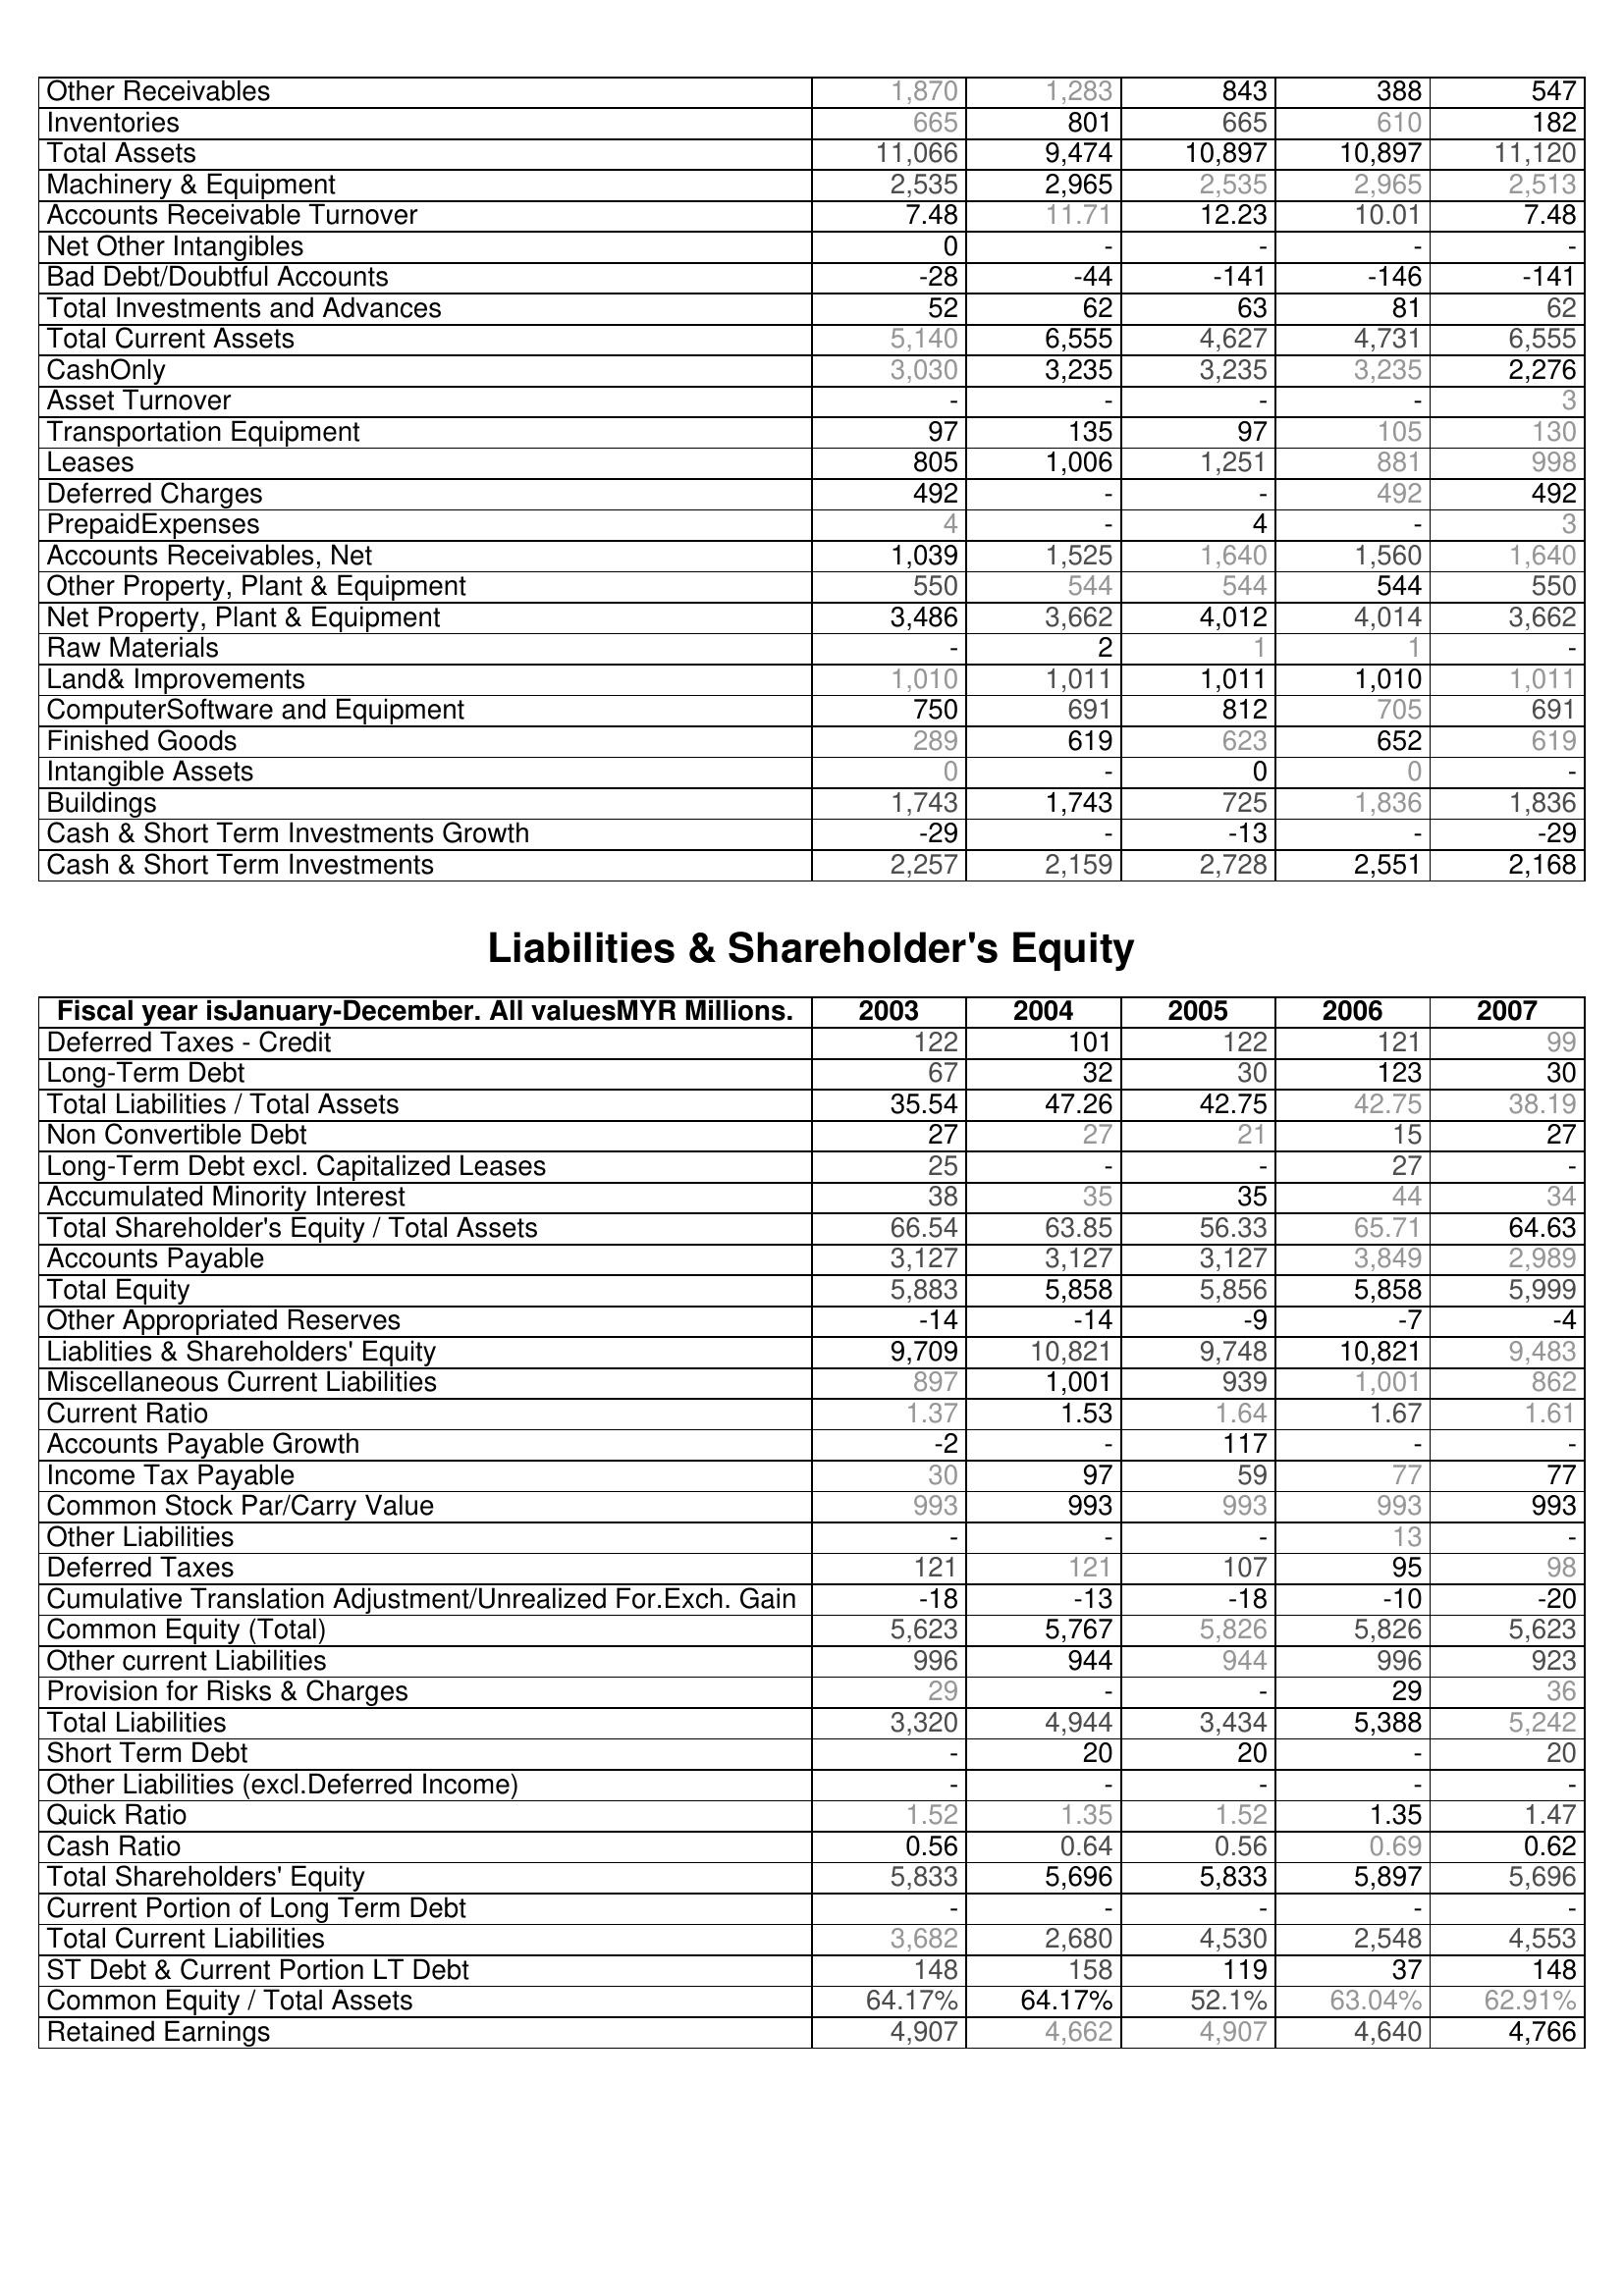
2003: Assets: Other Receivables: 1,870
Inventories: 665
Total Assets: 11,066
Machinery & Equipment: 2,535
Accounts Receivable Turnover: 7.48
Net Other Intangibles: 0
Bad Debt/Doubtful Accounts: -28
Total Investments and Advances: 52
Total Current Assets: 5,140
CashOnly: 3,030
Asset Turnover: -
Transportation Equipment: 97
Leases: 805
Deferred Charges: 492
PrepaidExpenses: 4
Accounts Receivables, Net: 1,039
Other Property, Plant & Equipment: 550
Net Property, Plant & Equipment: 3,486
Raw Materials: -
Land& Improvements: 1,010
ComputerSoftware and Equipment: 750
Finished Goods: 289
Intangible Assets: 0
Buildings: 1,743
Cash & Short Term Investments Growth: -29
Cash & Short Term Investments: 2,257
Liabilities & Shareholder's Equity: Deferred Taxes - Credit: 122
Long-Term Debt: 67
Total Liabilities / Total Assets: 35.54
Non Convertible Debt: 27
Long-Term Debt excl. Capitalized Leases: 25
Accumulated Minority Interest: 38
Total Shareholder's Equity / Total Assets: 66.54
Accounts Payable: 3,127
Total Equity: 5,883
Other Appropriated Reserves: -14
Liablities & Shareholders' Equity: 9,709
Miscellaneous Current Liabilities: 897
Current Ratio: 1.37
Accounts Payable Growth: -2
Income Tax Payable: 30
Common Stock Par/Carry Value: 993
Other Liabilities: -
Deferred Taxes: 121
Cumulative Translation Adjustment/Unrealized For.Exch. Gain: -18
Common Equity (Total): 5,623
Other current Liabilities: 996
Provision for Risks & Charges: 29
Total Liabilities: 3,320
Short Term Debt: -
Other Liabilities (excl.Deferred Income): -
Quick Ratio: 1.52
Cash Ratio: 0.56
Total Shareholders' Equity: 5,833
Current Portion of Long Term Debt: -
Total Current Liabilities: 3,682
ST Debt & Current Portion LT Debt: 148
Common Equity / Total Assets: 64.17%
Retained Earnings: 4,907
2004: Assets: Other Receivables: 1,283
Inventories: 801
Total Assets: 9,474
Machinery & Equipment: 2,965
Accounts Receivable Turnover: 11.71
Net Other Intangibles: -
Bad Debt/Doubtful Accounts: -44
Total Investments and Advances: 62
Total Current Assets: 6,555
CashOnly: 3,235
Asset Turnover: -
Transportation Equipment: 135
Leases: 1,006
Deferred Charges: -
PrepaidExpenses: -
Accounts Receivables, Net: 1,525
Other Property, Plant & Equipment: 544
Net Property, Plant & Equipment: 3,662
Raw Materials: 2
Land& Improvements: 1,011
ComputerSoftware and Equipment: 691
Finished Goods: 619
Intangible Assets: -
Buildings: 1,743
Cash & Short Term Investments Growth: -
Cash & Short Term Investments: 2,159
Liabilities & Shareholder's Equity: Deferred Taxes - Credit: 101
Long-Term Debt: 32
Total Liabilities / Total Assets: 47.26
Non Convertible Debt: 27
Long-Term Debt excl. Capitalized Leases: -
Accumulated Minority Interest: 35
Total Shareholder's Equity / Total Assets: 63.85
Accounts Payable: 3,127
Total Equity: 5,858
Other Appropriated Reserves: -14
Liablities & Shareholders' Equity: 10,821
Miscellaneous Current Liabilities: 1,001
Current Ratio: 1.53
Accounts Payable Growth: -
Income Tax Payable: 97
Common Stock Par/Carry Value: 993
Other Liabilities: -
Deferred Taxes: 121
Cumulative Translation Adjustment/Unrealized For.Exch. Gain: -13
Common Equity (Total): 5,767
Other current Liabilities: 944
Provision for Risks & Charges: -
Total Liabilities: 4,944
Short Term Debt: 20
Other Liabilities (excl.Deferred Income): -
Quick Ratio: 1.35
Cash Ratio: 0.64
Total Shareholders' Equity: 5,696
Current Portion of Long Term Debt: -
Total Current Liabilities: 2,680
ST Debt & Current Portion LT Debt: 158
Common Equity / Total Assets: 64.17%
Retained Earnings: 4,662
2005: Assets: Other Receivables: 843
Inventories: 665
Total Assets: 10,897
Machinery & Equipment: 2,535
Accounts Receivable Turnover: 12.23
Net Other Intangibles: -
Bad Debt/Doubtful Accounts: -141
Total Investments and Advances: 63
Total Current Assets: 4,627
CashOnly: 3,235
Asset Turnover: -
Transportation Equipment: 97
Leases: 1,251
Deferred Charges: -
PrepaidExpenses: 4
Accounts Receivables, Net: 1,640
Other Property, Plant & Equipment: 544
Net Property, Plant & Equipment: 4,012
Raw Materials: 1
Land& Improvements: 1,011
ComputerSoftware and Equipment: 812
Finished Goods: 623
Intangible Assets: 0
Buildings: 725
Cash & Short Term Investments Growth: -13
Cash & Short Term Investments: 2,728
Liabilities & Shareholder's Equity: Deferred Taxes - Credit: 122
Long-Term Debt: 30
Total Liabilities / Total Assets: 42.75
Non Convertible Debt: 21
Long-Term Debt excl. Capitalized Leases: -
Accumulated Minority Interest: 35
Total Shareholder's Equity / Total Assets: 56.33
Accounts Payable: 3,127
Total Equity: 5,856
Other Appropriated Reserves: -9
Liablities & Shareholders' Equity: 9,748
Miscellaneous Current Liabilities: 939
Current Ratio: 1.64
Accounts Payable Growth: 117
Income Tax Payable: 59
Common Stock Par/Carry Value: 993
Other Liabilities: -
Deferred Taxes: 107
Cumulative Translation Adjustment/Unrealized For.Exch. Gain: -18
Common Equity (Total): 5,826
Other current Liabilities: 944
Provision for Risks & Charges: -
Total Liabilities: 3,434
Short Term Debt: 20
Other Liabilities (excl.Deferred Income): -
Quick Ratio: 1.52
Cash Ratio: 0.56
Total Shareholders' Equity: 5,833
Current Portion of Long Term Debt: -
Total Current Liabilities: 4,530
ST Debt & Current Portion LT Debt: 119
Common Equity / Total Assets: 52.1%
Retained Earnings: 4,907
2006: Assets: Other Receivables: 388
Inventories: 610
Total Assets: 10,897
Machinery & Equipment: 2,965
Accounts Receivable Turnover: 10.01
Net Other Intangibles: -
Bad Debt/Doubtful Accounts: -146
Total Investments and Advances: 81
Total Current Assets: 4,731
CashOnly: 3,235
Asset Turnover: -
Transportation Equipment: 105
Leases: 881
Deferred Charges: 492
PrepaidExpenses: -
Accounts Receivables, Net: 1,560
Other Property, Plant & Equipment: 544
Net Property, Plant & Equipment: 4,014
Raw Materials: 1
Land& Improvements: 1,010
ComputerSoftware and Equipment: 705
Finished Goods: 652
Intangible Assets: 0
Buildings: 1,836
Cash & Short Term Investments Growth: -
Cash & Short Term Investments: 2,551
Liabilities & Shareholder's Equity: Deferred Taxes - Credit: 121
Long-Term Debt: 123
Total Liabilities / Total Assets: 42.75
Non Convertible Debt: 15
Long-Term Debt excl. Capitalized Leases: 27
Accumulated Minority Interest: 44
Total Shareholder's Equity / Total Assets: 65.71
Accounts Payable: 3,849
Total Equity: 5,858
Other Appropriated Reserves: -7
Liablities & Shareholders' Equity: 10,821
Miscellaneous Current Liabilities: 1,001
Current Ratio: 1.67
Accounts Payable Growth: -
Income Tax Payable: 77
Common Stock Par/Carry Value: 993
Other Liabilities: 13
Deferred Taxes: 95
Cumulative Translation Adjustment/Unrealized For.Exch. Gain: -10
Common Equity (Total): 5,826
Other current Liabilities: 996
Provision for Risks & Charges: 29
Total Liabilities: 5,388
Short Term Debt: -
Other Liabilities (excl.Deferred Income): -
Quick Ratio: 1.35
Cash Ratio: 0.69
Total Shareholders' Equity: 5,897
Current Portion of Long Term Debt: -
Total Current Liabilities: 2,548
ST Debt & Current Portion LT Debt: 37
Common Equity / Total Assets: 63.04%
Retained Earnings: 4,640
2007: Assets: Other Receivables: 547
Inventories: 182
Total Assets: 11,120
Machinery & Equipment: 2,513
Accounts Receivable Turnover: 7.48
Net Other Intangibles: -
Bad Debt/Doubtful Accounts: -141
Total Investments and Advances: 62
Total Current Assets: 6,555
CashOnly: 2,276
Asset Turnover: 3
Transportation Equipment: 130
Leases: 998
Deferred Charges: 492
PrepaidExpenses: 3
Accounts Receivables, Net: 1,640
Other Property, Plant & Equipment: 550
Net Property, Plant & Equipment: 3,662
Raw Materials: -
Land& Improvements: 1,011
ComputerSoftware and Equipment: 691
Finished Goods: 619
Intangible Assets: -
Buildings: 1,836
Cash & Short Term Investments Growth: -29
Cash & Short Term Investments: 2,168
Liabilities & Shareholder's Equity: Deferred Taxes - Credit: 99
Long-Term Debt: 30
Total Liabilities / Total Assets: 38.19
Non Convertible Debt: 27
Long-Term Debt excl. Capitalized Leases: -
Accumulated Minority Interest: 34
Total Shareholder's Equity / Total Assets: 64.63
Accounts Payable: 2,989
Total Equity: 5,999
Other Appropriated Reserves: -4
Liablities & Shareholders' Equity: 9,483
Miscellaneous Current Liabilities: 862
Current Ratio: 1.61
Accounts Payable Growth: -
Income Tax Payable: 77
Common Stock Par/Carry Value: 993
Other Liabilities: -
Deferred Taxes: 98
Cumulative Translation Adjustment/Unrealized For.Exch. Gain: -20
Common Equity (Total): 5,623
Other current Liabilities: 923
Provision for Risks & Charges: 36
Total Liabilities: 5,242
Short Term Debt: 20
Other Liabilities (excl.Deferred Income): -
Quick Ratio: 1.47
Cash Ratio: 0.62
Total Shareholders' Equity: 5,696
Current Portion of Long Term Debt: -
Total Current Liabilities: 4,553
ST Debt & Current Portion LT Debt: 148
Common Equity / Total Assets: 62.91%
Retained Earnings: 4,766